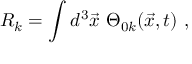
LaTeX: R _ { k } = \int d ^ { 3 } \vec { x } ~ \Theta _ { 0 k } ( \vec { x } , t ) ~ ,